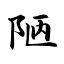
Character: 陋